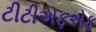
ટીટીએફએફ